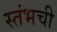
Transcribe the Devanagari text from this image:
स्तंभची